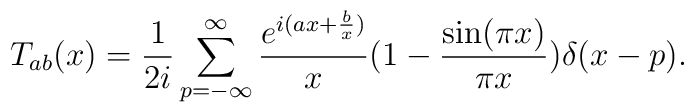
T_{ab}(x) = {1 \over 2i} \sum^{\infty}_{p=-\infty}{e^{i(ax + {b\over x})}\over x}  (1 - {\sin (\pi x) \over \pi x}) \delta(x-p).